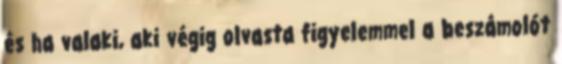
és ha valaki, aki végig olvasta figyelemmel a beszámolót